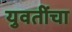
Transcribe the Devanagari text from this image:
युवतींचा